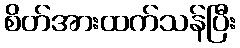
စိတ်အားထက်သန်ပြီး